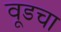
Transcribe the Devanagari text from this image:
वूडचा